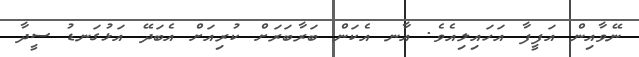
ނޭވާއިން އަފީފާ އަހައިލިއެވެ. އާނ އެކަން ބަރާބަރަށް ކުރިއަށް އެބަދޭ އަޅުގަނޑު ސީދާ